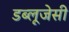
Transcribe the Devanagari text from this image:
डब्लूजेसी